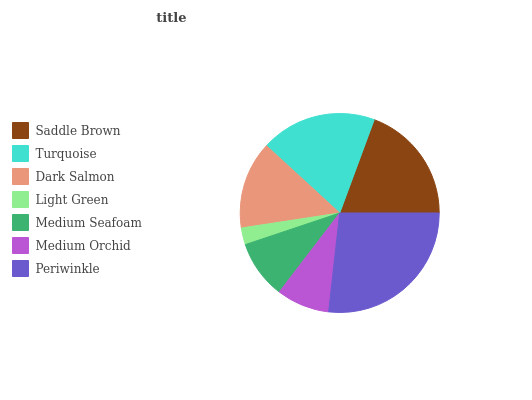
| Saddle Brown | Turquoise | Dark Salmon | Light Green | Medium Seafoam | Medium Orchid | Periwinkle |
 | --- | --- | --- | --- | --- | --- | --- |
 | 19.4% | 18.8% | 14.2% | 2.74% | 9.47% | 8.63% | 26.7% |